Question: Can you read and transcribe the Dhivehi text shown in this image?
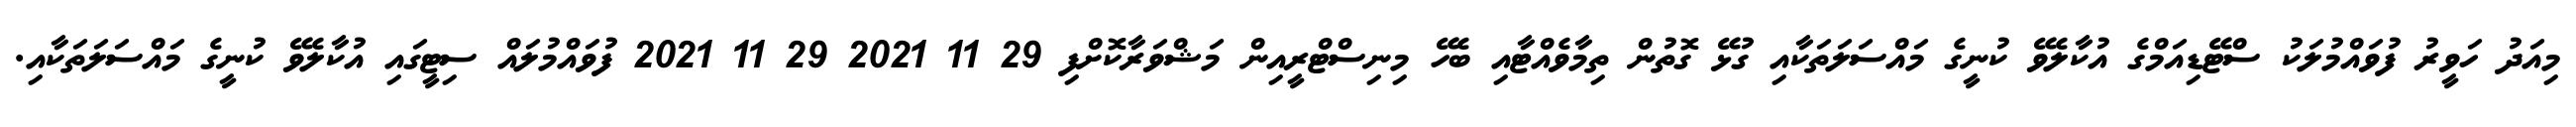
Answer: މިއަދު ހަވީރު ފުވައްމުލަކު ސްޓޭޑިއަމްގެ އުކާލެވޭ ކުނީގެ މައްސަލަތަކާއި ގުޅޭ ގޮތުން ތިމާވެއްޓާއި ބެހޭ މިނިސްޓްރީއިން މަޝްވަރާކޮށްފި 29 11 2021 29 11 2021 ފުވައްމުލައް ސިޓީގައި އުކާލެވޭ ކުނީގެ މައްސަލަތަކާއި.